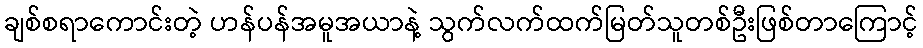
ချစ်စရာကောင်းတဲ့ ဟန်ပန်အမူအယာနဲ့ သွက်လက်ထက်မြတ်သူတစ်ဦးဖြစ်တာကြောင့်